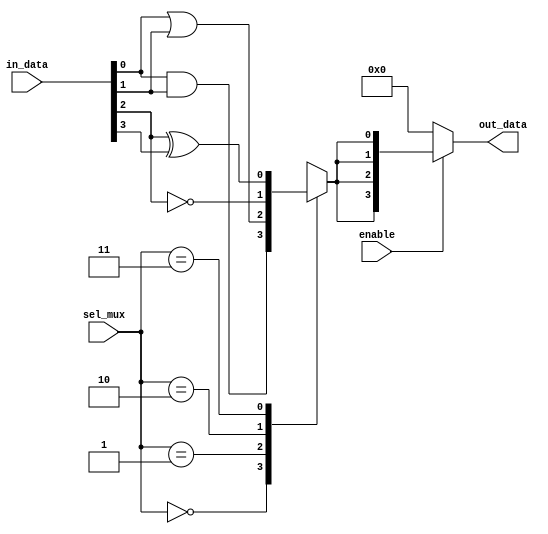
module combinational_logic_block (
    input wire [3:0] in_data,       // Input signals
    input wire [1:0] sel_mux,       // Selection lines for MUX
    input wire enable,               // Enable signal
    output wire [3:0] out_data       // Output signals
);

// Internal signals
wire [3:0] lut_out;               // Output from LUTs
wire mux_out;                     // Output from MUX

// Look-Up Table (LUT) for combinational logic functions
// Example LUT: LUT0 performs a simple logic function (AND, OR, NOT)
assign lut_out[0] = in_data[0] & in_data[1];  // AND function
assign lut_out[1] = in_data[0] | in_data[1];  // OR function
assign lut_out[2] = ~in_data[2];               // NOT function
assign lut_out[3] = in_data[2] ^ in_data[3];  // XOR function

// Multiplexer to select between different LUT outputs based on the sel_mux
always @(*) begin
    case (sel_mux)
        2'b00: mux_out = lut_out[0]; // Select LUT0
        2'b01: mux_out = lut_out[1]; // Select LUT1
        2'b10: mux_out = lut_out[2]; // Select LUT2
        2'b11: mux_out = lut_out[3]; // Select LUT3
        default: mux_out = 1'b0;      // Default case
    endcase
end

// Enable control - the output will be 0 when enable is low
assign out_data = enable ? {mux_out, mux_out, mux_out, mux_out} : 4'b0000; // Output replicated

endmodule